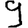
Digit: 9